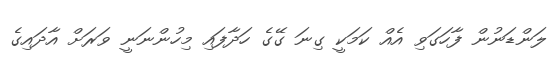
ލަންޑަނުން ފާހަގަވި އެއް ކަމަކީ ގިނަ ގޭގެ ހަދާފައި މިހުންނަނީ ވަރަށް އާދައިގެ